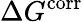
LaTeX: \Delta G^{\mathrm{corr}}